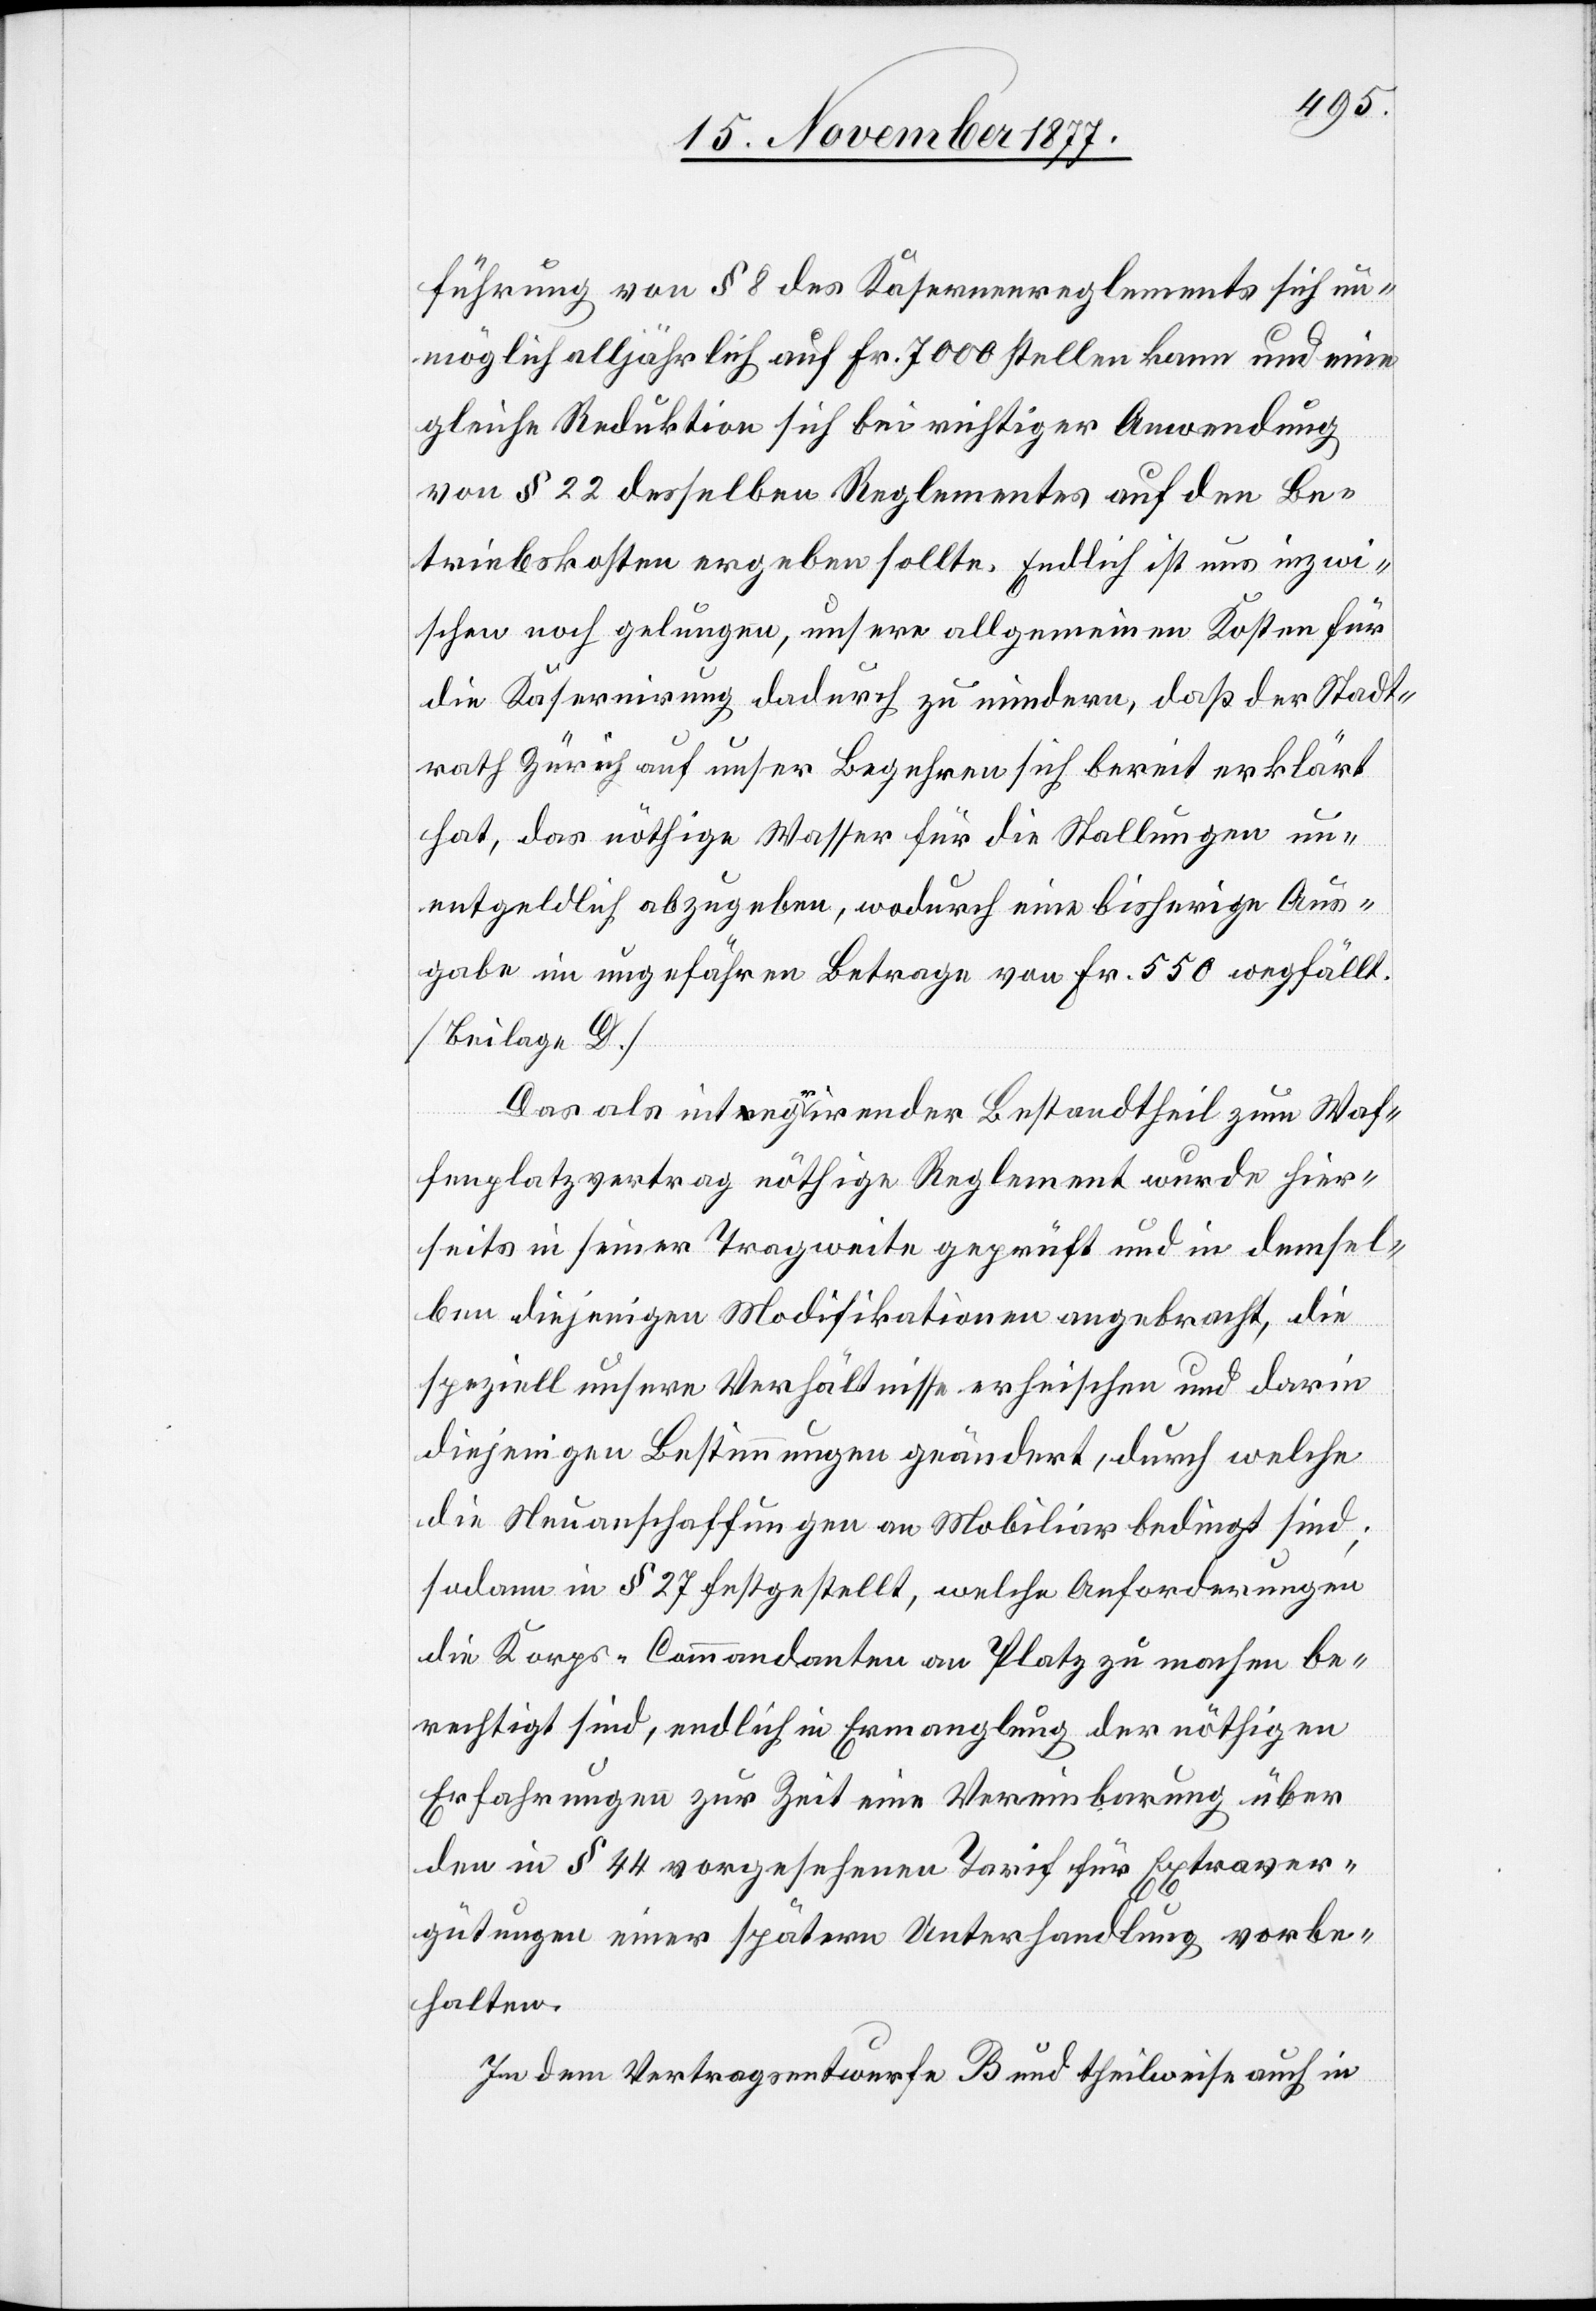
führung von § 8 des Kasernenreglements sich un¬
möglich alljährlich auf Fr. 7000 stellen kann und eine
gleiche Reduktion sich bei richtiger Anwendung
von § 22 desselben Reglementes auf den Be¬
triebskosten ergeben sollte. Endlich ist uns inzwi¬
schen noch gelungen, unsere allgemeinen Kosten für
die Kasernirung dadurch zu mindern, daß der Stadt¬
rath Zürich auf unser Begehren sich bereit erklärt
hat, das nöthige Wasser für die Stallungen un¬
entgeldlich abzugeben, wodurch eine bisherige Aus¬
gabe im ungefähren Betrage von Fr. 550 wegfällt.
[Beilage D.]
Das als integrirender Bestandtheil zum Waf¬
fenplatzvertrag nöthige Reglement wurde hier¬
seits in seiner Tragweite geprüft und in demsel¬
ben diejenigen Modifikationen angebracht, die
speziell unsere Verhältnisse erheischen und darin
diejenigen Bestimmungen geändert, durch welche
die Neuanschaffungen an Mobiliar bedingt sind;
sodann in § 27 festgestellt, welche Anforderungen
die Korps-Commandanten an Platz zu machen be¬
rechtigt sind, endlich in Ermanglung der nöthigen
Erfahrungen zur Zeit eine Vereinbarung über
den in § 44 vorgesehenen Tarif für Extraver¬
gütungen einer spätern Unterhandlung vorbe¬
halten.
In dem Vertragsentwurfe B und theilweise auch in